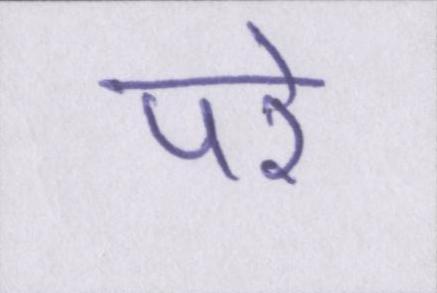
परे